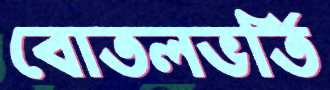
বোতলভর্তি